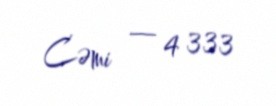
Cəmi — 4 333